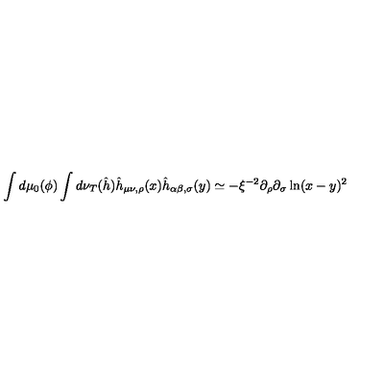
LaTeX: \int d \mu _ { 0 } ( \phi ) \int d \nu _ { T } ( \hat { h } ) \hat { h } _ { \mu \nu , \rho } ( x ) \hat { h } _ { \alpha \beta , \sigma } ( y ) \simeq - \xi ^ { - 2 } \partial _ { \rho } \partial _ { \sigma } \ln ( x - y ) ^ { 2 }